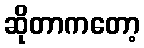
ဆိုတာကတော့